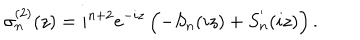
\sigma _ { n } ^ { ( 2 ) } ( z ) = i ^ { n + 2 } e ^ { - i z } \left( - S _ { n } ( i z ) + S _ { n } ^ { ' } ( i z ) \right) .